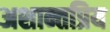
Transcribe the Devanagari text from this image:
अशान्तप्रिय